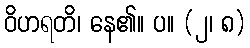
ဝိဟရတိ၊ နေ၏။ ပ။ (၂၊ ၈)